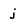
Character: j